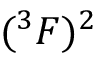
( ^ { 3 } F ) ^ { 2 }